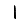
Digit: 1